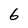
Character: 6